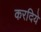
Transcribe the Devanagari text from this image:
करदिये